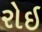
રોઇ